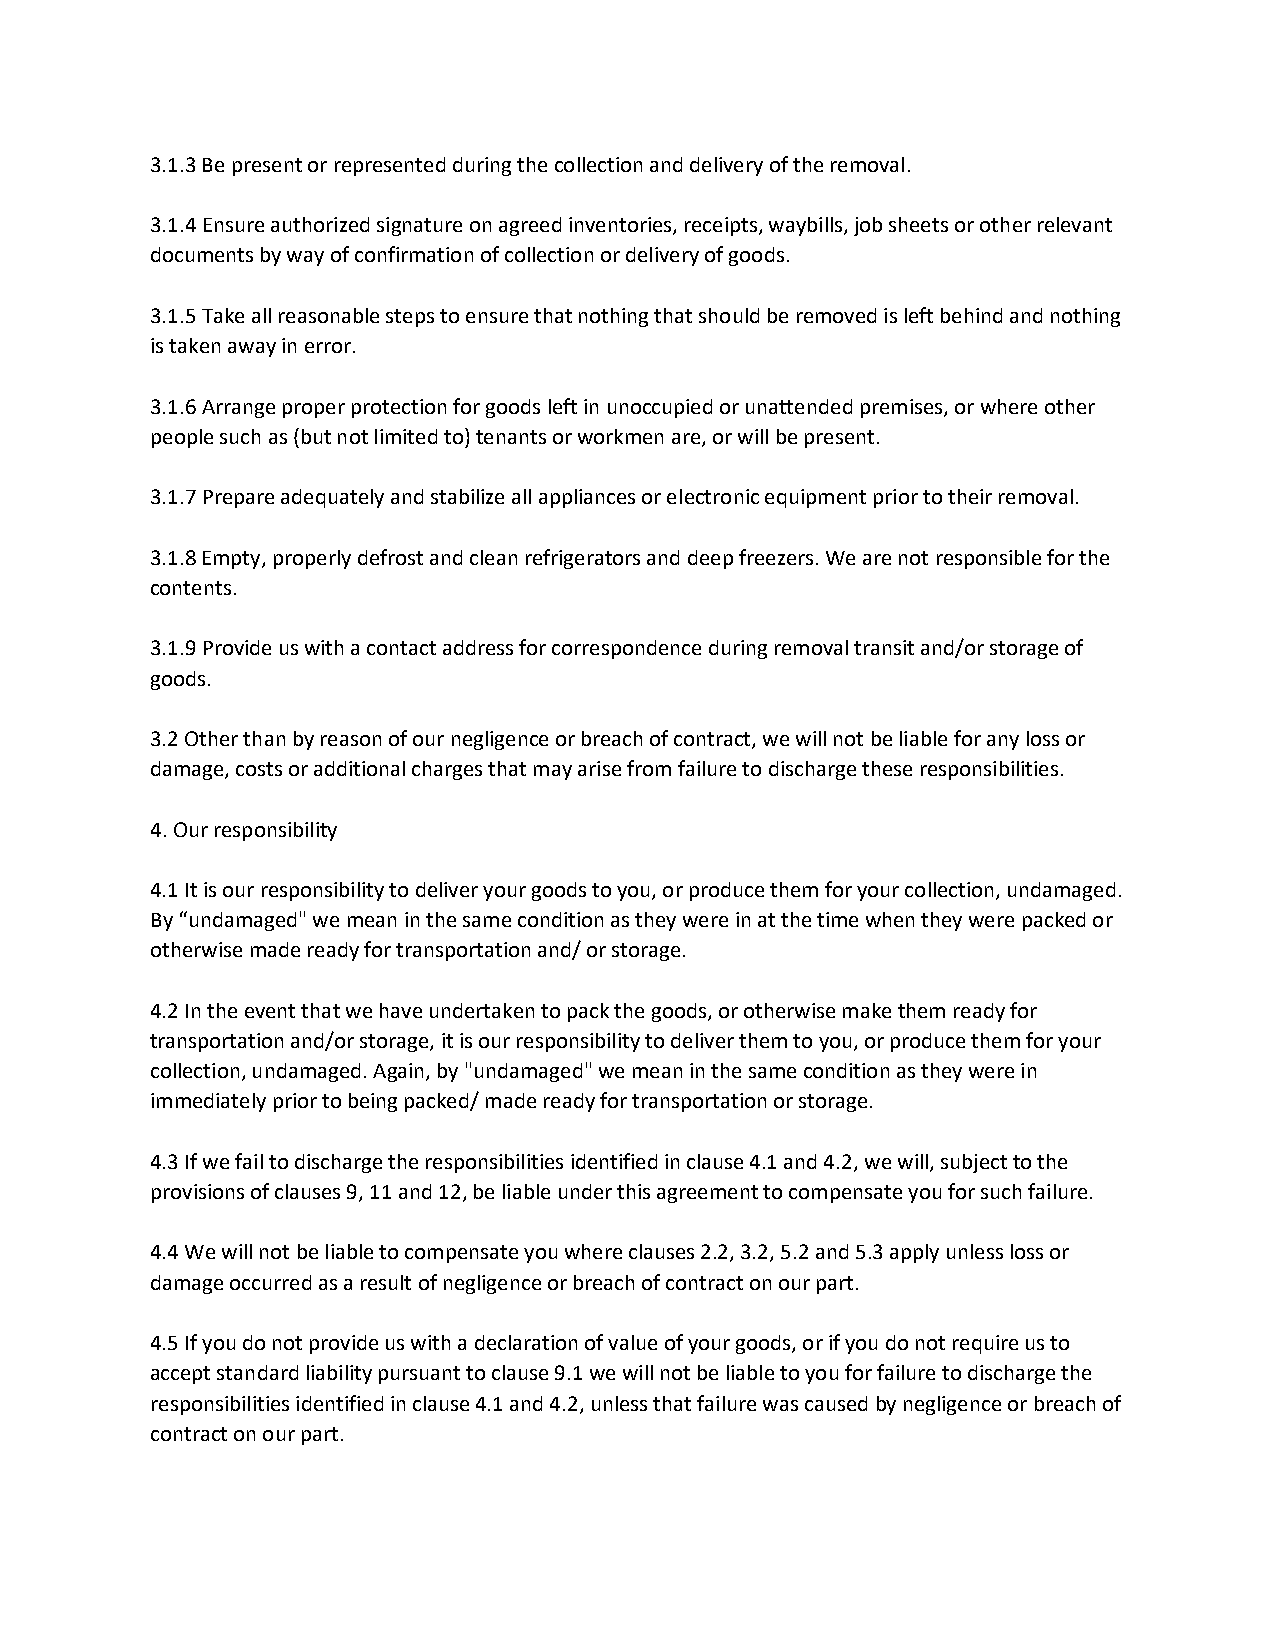
3.1.3 Be present or represented during the collection and delivery of the removal.
 3.1.4 Ensure authorized signature on agreed inventories, receipts, waybills, job sheets or other relevant
 documents by way of confirmation of collection or delivery of goods.
 3.1.5 Take all reasonable steps to ensure that nothing that should be removed is left behind and nothing
 is taken away in error.
 3.1.6 Arrange proper protection for goods left in unoccupied or unattended premises, or where other
 people such as (but not limited to) tenants or workmen are, or will be present.
 3.1.7 Prepare adequately and stabilize all appliances or electronic equipment prior to their removal.
 3.1.8 Empty, properly defrost and clean refrigerators and deep freezers. We are not responsible for the
 contents.
 3.1.9 Provide us with a contact address for correspondence during removal transit and/or storage of
 goods.
 3.2 Other than by reason of our negligence or breach of contract, we will not be liable for any loss or
 damage, costs or additional charges that may arise from failure to discharge these responsibilities.
 4. Our responsibility
 4.1 It is our responsibility to deliver your goods to you, or produce them for your collection, undamaged.
 By “undamaged" we mean in the same condition as they were in at the time when they were packed or
 otherwise made ready for transportation and/ or storage.
 4.2 In the event that we have undertaken to pack the goods, or otherwise make them ready for
 transportation and/or storage, it is our responsibility to deliver them to you, or produce them for your
 collection, undamaged. Again, by "undamaged" we mean in the same condition as they were in
 immediately prior to being packed/ made ready for transportation or storage.
 4.3 If we fail to discharge the responsibilities identified in clause 4.1 and 4.2, we will, subject to the
 provisions of clauses 9, 11 and 12, be liable under this agreement to compensate you for such failure.
 4.4 We will not be liable to compensate you where clauses 2.2, 3.2, 5.2 and 5.3 apply unless loss or
 damage occurred as a result of negligence or breach of contract on our part.
 4.5 If you do not provide us with a declaration of value of your goods, or if you do not require us to
 accept standard liability pursuant to clause 9.1 we will not be liable to you for failure to discharge the
 responsibilities identified in clause 4.1 and 4.2, unless that failure was caused by negligence or breach of
 contract on our part.